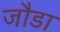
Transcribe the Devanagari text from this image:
जौडा